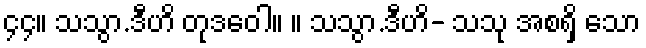
၄၄။ သသွာ.ဒီဟိ တုဒဝေါ။ ။ သသွာ.ဒီဟိ- သသု အစရှိ သော